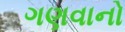
ગણવાનો